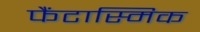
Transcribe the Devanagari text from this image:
फैंटास्मिक